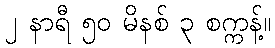
၂ နာရီ ၅၀ မိနစ် ၃ စက္ကန့်။